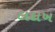
લદાખ